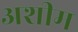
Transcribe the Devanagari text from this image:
अशीम